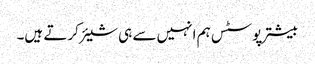
بیشتر پوسٹس ہم انہیں سے ہی شیئر کرتے ہیں۔